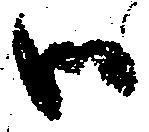
御